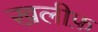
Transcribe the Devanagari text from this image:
खलीफ़